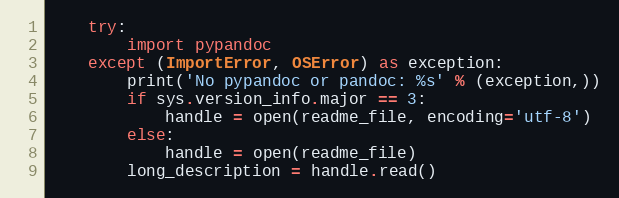
Language: Python
    try:
        import pypandoc
    except (ImportError, OSError) as exception:
        print('No pypandoc or pandoc: %s' % (exception,))
        if sys.version_info.major == 3:
            handle = open(readme_file, encoding='utf-8')
        else:
            handle = open(readme_file)
        long_description = handle.read()